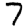
Digit: 7